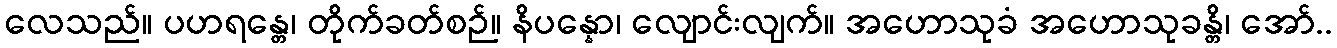
လေသည်။ ပဟရန္တေ၊ တိုက်ခတ်စဉ်။ နိပန္နော၊ လျောင်းလျက်။ အဟောသုခံ အဟောသုခန္တိ၊ အော်..